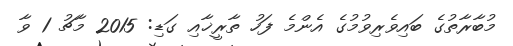
މުބާރާތުގެ ބައިވެރިވުމުގެ އެންމެ ފަހު ތާރީޚާއި ގަޑި: 2015 މާޗު 1 ވާ